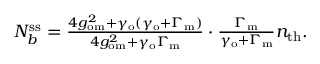
\begin{array} { r } { N _ { b } ^ { \mathrm { s s } } = \frac { 4 g _ { \mathrm { o m } } ^ { 2 } + \gamma _ { \mathrm { o } } ( \gamma _ { \mathrm { o } } + \Gamma _ { \mathrm { m } } ) } { 4 g _ { \mathrm { o m } } ^ { 2 } + \gamma _ { \mathrm { o } } \Gamma _ { \mathrm { m } } } \cdot \frac { \Gamma _ { \mathrm { m } } } { \gamma _ { \mathrm { o } } + \Gamma _ { \mathrm { m } } } n _ { \mathrm { t h } } . } \end{array}